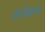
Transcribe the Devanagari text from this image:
कंनेक्शन